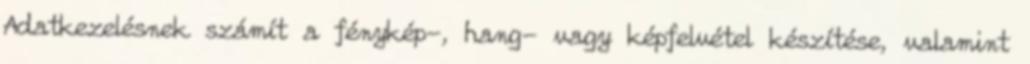
Adatkezelésnek számít a fénykép-, hang- vagy képfelvétel készítése, valamint